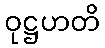
ဝုဋ္ဌဟတိ